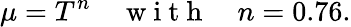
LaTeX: \mu=T^{n}\quad\mathrm{~w~i~t~h~}\quad n=0.76.